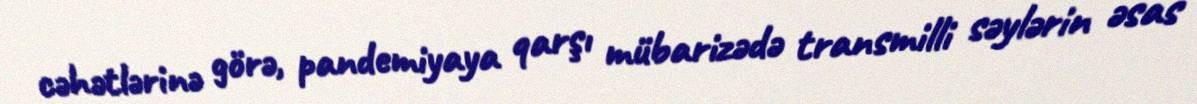
cəhətlərinə görə, pandemiyaya qarşı mübarizədə transmilli səylərin əsas